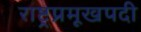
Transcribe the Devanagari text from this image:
राष्ट्रप्रमूखपदी